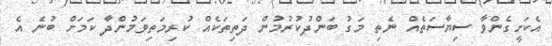
އެކަށީގެންވާ ސިޔާސަތެއް ނެތި މަގު ބަންދުކުރުމުން ދަތިތަކެއް ކުރިމަތިވަމުންދާ ކަމަށް ބުނެ އެ